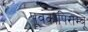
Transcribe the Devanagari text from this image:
पूवंकापिराम्बू